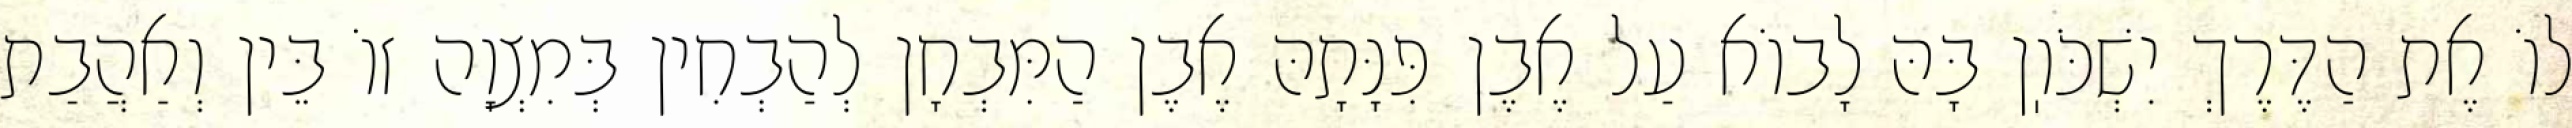
לוֹ אֶת הַדֶּרֶךְ יִשְׁכֹּוֽן בָּהּ לָבוֹא עַל אֶבֶן פִּנָּתָהּ אֶבֶן הַמִּבְחָן לְהַבְחִין בְּמִצְוָה זוֹ בֵּין וְאַהֲבַת